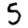
Digit: 5